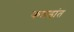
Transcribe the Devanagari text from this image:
कन्नडांत